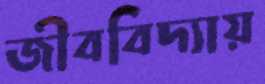
জীববিদ্যায়